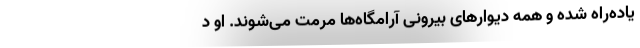
یاده‌راه شده و همه‌ دیوارهای بیرونی آرامگاه‌ها مرمت می‌شوند. او د